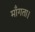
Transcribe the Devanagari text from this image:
माँगता।